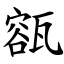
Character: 㼸